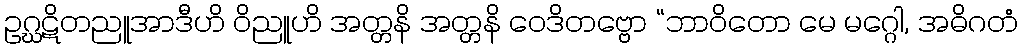
ဥဂ္ဃဋိတညူအာဒီဟိ ဝိညူဟိ အတ္တနိ အတ္တနိ ဝေဒိတဗ္ဗော “ဘာဝိတော မေ မဂ္ဂေါ, အဓိဂတံ